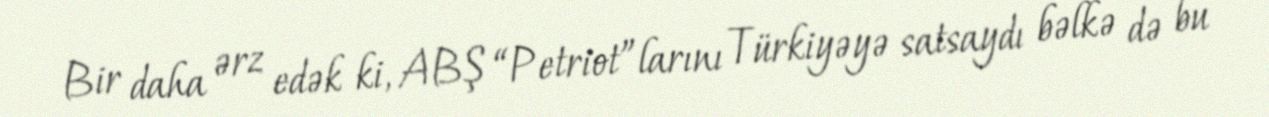
Bir daha ərz edək ki, ABŞ “Petriot”larını Türkiyəyə satsaydı bəlkə də bu